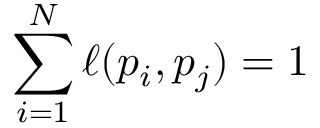
\sum _ { i = 1 } ^ { N } \ell ( p _ { i } , p _ { j } ) = 1